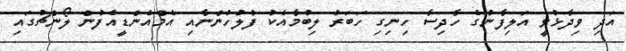
އަދި ވިދާޅުވީ އަލިފާނުގެ ހާދިސާ ހިނިގި ހަބަރު ލިބުމާއެކު ފުލުހުންނާއި އެމްއެންޑީއެފުން ލޯންޗުގައި